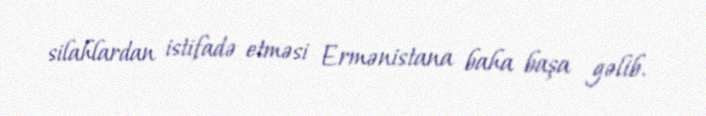
silahlardan istifadə etməsi Ermənistana baha başa gəlib.